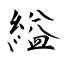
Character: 縊